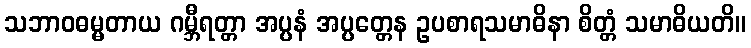
သဘာဝဓမ္မတာယ ဂမ္ဘီရတ္တာ အပ္ပနံ အပ္ပတ္တေန ဥပစာရသမာဓိနာ စိတ္တံ သမာဓိယတိ။